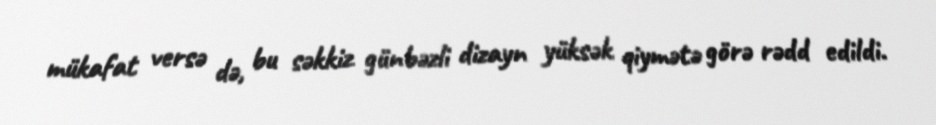
mükafat versə də, bu səkkiz günbəzli dizayn yüksək qiymətə görə rədd edildi.